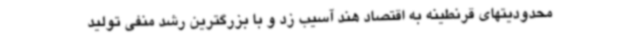
محدودیتهای قرنطینه به اقتصاد هند آسیب زد و با بزرگترین رشد منفی تولید